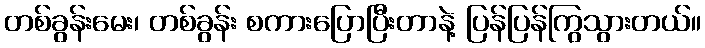
တစ်ခွန်းမေး၊ တစ်ခွန်း စကားပြောပြီးတာနဲ့ ပြန်ပြန်ကြွသွားတယ်။